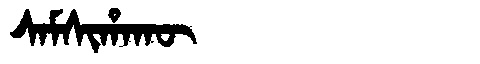
Manchu: ᠰᠠᠮᠰᡳᡥᠠᡴᡡ
Romanization: SAMSIHAKŪ